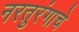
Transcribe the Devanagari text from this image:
नरतुरंगाचे